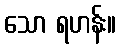
သော ရဟန်း။